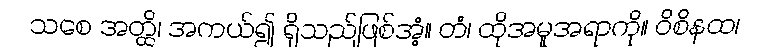
သစေ အတ္ထိ၊ အကယ်၍ ရှိသည်ဖြစ်အံ့။ တံ၊ ထိုအမူအရာကို။ ဝိစိနထ၊